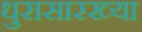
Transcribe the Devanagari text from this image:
धुरासारख्या